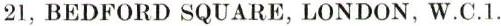
21, BEDFORD SQUARE, LONDON, W.C.1.